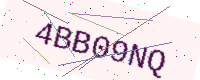
Text: 4BB09NQ